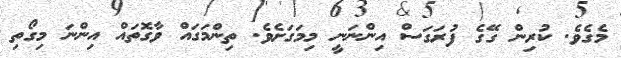
މެގެވެ. ކުރިން ގޭގެ ފުރަގަސް އިންނަނީ މިމަގަށެވެ. ތިންމަގައް ވާގޮތައް އިންނަ މިގޯތި